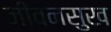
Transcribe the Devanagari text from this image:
जीवनसुख